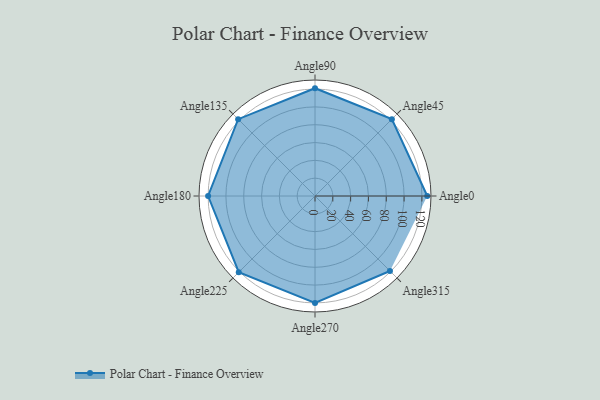
{"axis": {"x": "Angle", "y": "Radius"}, "legend": [""], "data": [{"x": "Angle0", "y": 126.0, "type": ""}, {"x": "Angle45", "y": 122.0, "type": ""}, {"x": "Angle90", "y": 121.0, "type": ""}, {"x": "Angle135", "y": 122.0, "type": ""}, {"x": "Angle180", "y": 120.0, "type": ""}, {"x": "Angle225", "y": 121.0, "type": ""}, {"x": "Angle270", "y": 120.0, "type": ""}, {"x": "Angle315", "y": 119.0, "type": ""}]}